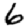
Digit: 6